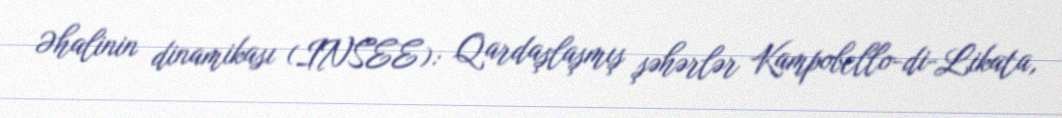
Əhalinin dinamikası (INSEE): Qardaşlaşmış şəhərlər Kampobello-di-Likata,